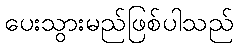
ပေးသွားမည်ဖြစ်ပါသည်